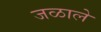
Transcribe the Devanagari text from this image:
जळाले